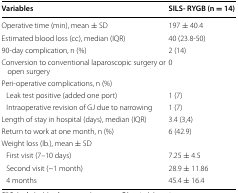
<table><thead><tr><td><b>Variables</b></td><td><b>SILS- RYGB (n = 14)</b></td></tr></thead><tbody><tr><td>Operative time (min), mean ± SD</td><td>197 ± 40.4</td></tr><tr><td>Estimated blood loss (cc), median (IQR)</td><td>40 (23.8-50)</td></tr><tr><td>90-day complication, n (%)</td><td>2 (14)</td></tr><tr><td>Conversion to conventional laparoscopic surgery or open surgery</td><td>0</td></tr><tr><td>Peri-operative complications, n (%) </td><td></td></tr><tr><td> Leak test positive (added one port)</td><td>1 (7)</td></tr><tr><td> Intraoperative revision of GJ due to narrowing</td><td>1 (7)</td></tr><tr><td>Length of stay in hospital (days), median (IQR)</td><td>3.4 (3,4)</td></tr><tr><td>Return to work at one month, n (%)</td><td>6 (42.9)</td></tr><tr><td colspan="2">Weight loss (lb.), mean ± SD</td></tr><tr><td> First visit (7–10 days)</td><td>7.25 ± 4.5</td></tr><tr><td> Second visit (~1 month)</td><td>28.9 ± 11.86</td></tr><tr><td> 4 months</td><td>45.4 ± 16.4</td></tr></tbody></table>